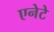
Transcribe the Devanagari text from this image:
एनेटे